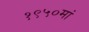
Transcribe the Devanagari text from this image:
१९५०मां